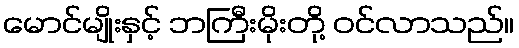
မောင်မျိုးနှင့် ဘကြီးမိုးတို့ ဝင်လာသည်။